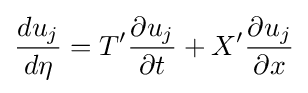
{\frac {du_{j}}{d\eta }}=T'{\frac {\partial u_{j}}{\partial t}}+X'{\frac {\partial u_{j}}{\partial x}}